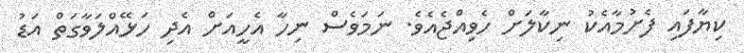
ކިޔާފައި ފެށުމާއެކު ނިކާލަށް ހެވިއްޖެއެވެ. ނަމަވެސް ނިހާ އެހީއަށް އެދި ހަޅޭއްލަވާގަތް އަޑު